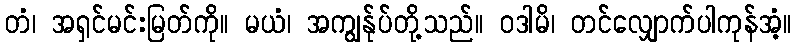
တံ၊ အရှင်မင်းမြတ်ကို။ မယံ၊ အကျွန်ုပ်တို့သည်။ ဝဒါမိ၊ တင်လျှောက်ပါကုန်အံ့။